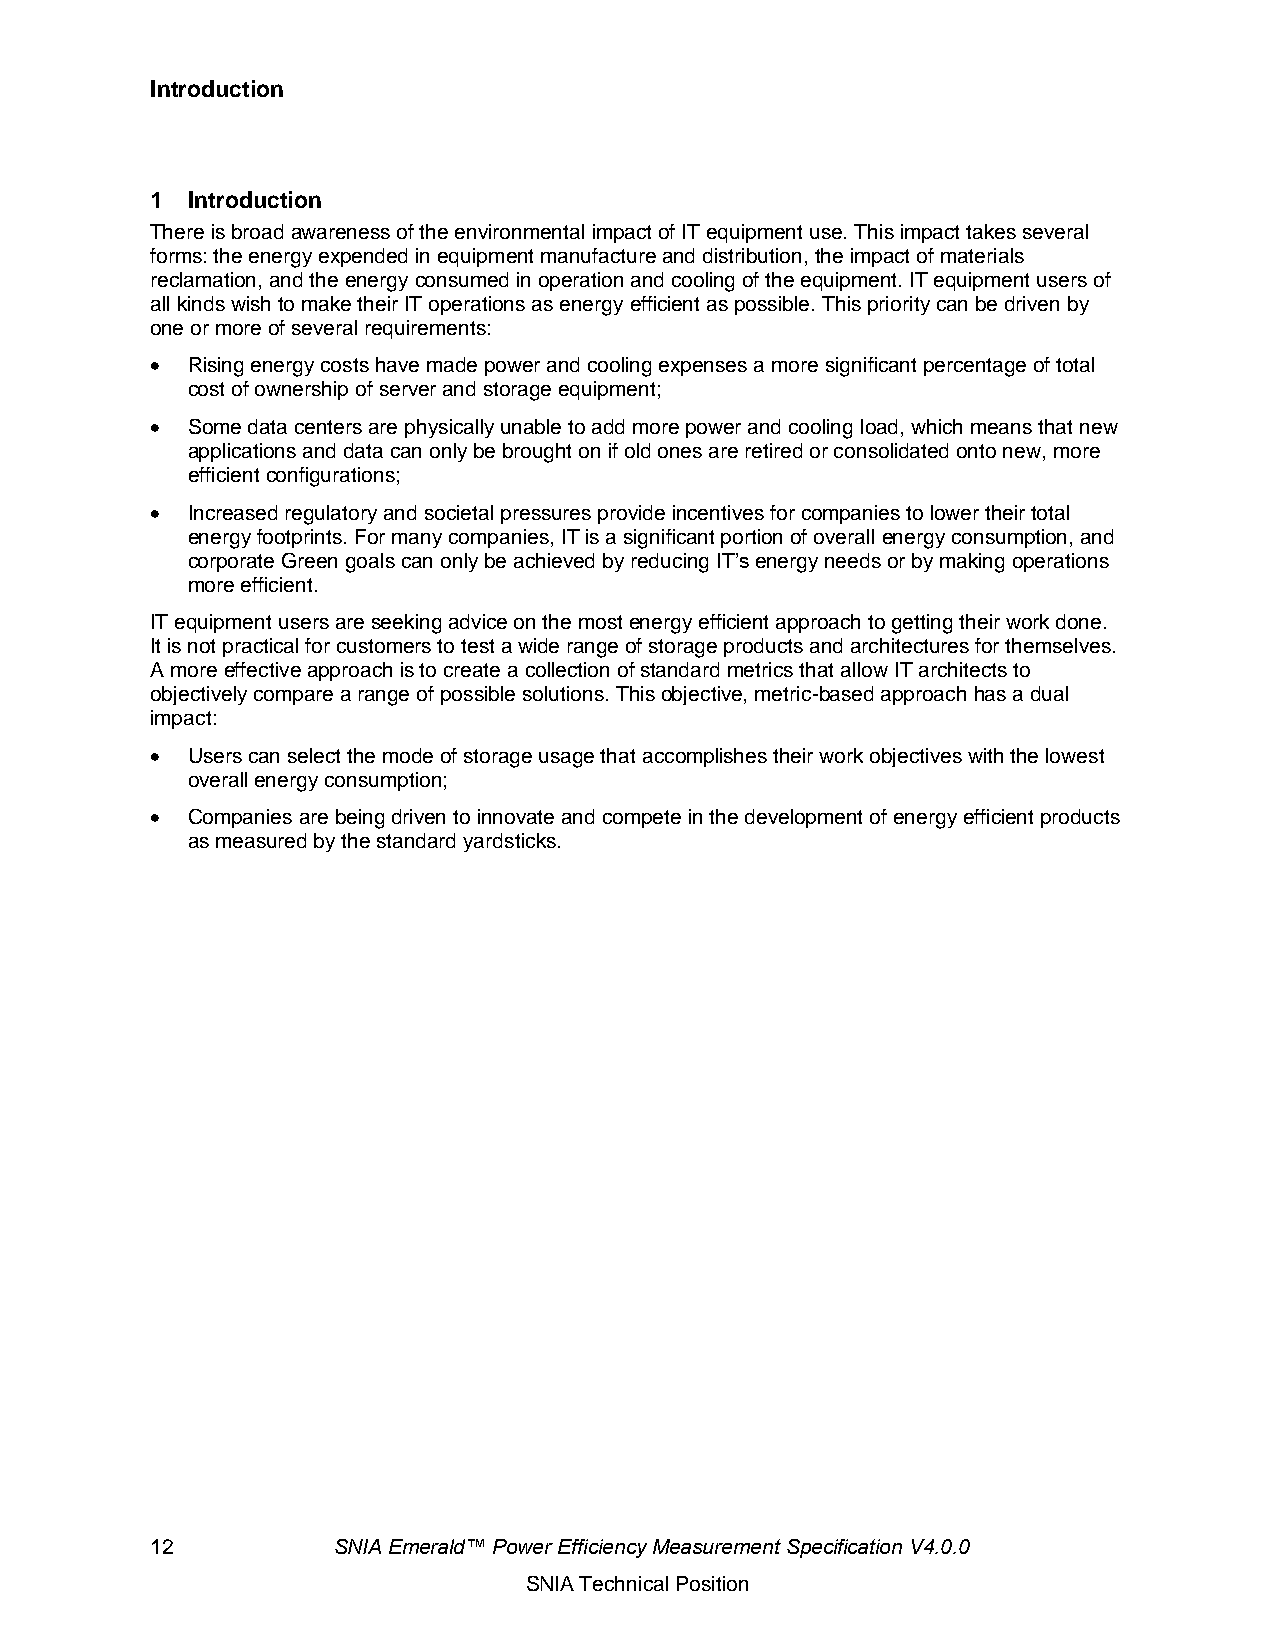
Introduction
 1 Introduction
 There is broad awareness of the environmental impact of IT equipment use. This impact takes several
 forms: the energy expended in equipment manufacture and distribution, the impact of materials
 reclamation, and the energy consumed in operation and cooling of the equipment. IT equipment users of
 all kinds wish to make their IT operations as energy efficient as possible. This priority can be driven by
 one or more of several requirements:
 • Rising energy costs have made power and cooling expenses a more significant percentage of total
 cost of ownership of server and storage equipment;
 • Some data centers are physically unable to add more power and cooling load, which means that new
 applications and data can only be brought on if old ones are retired or consolidated onto new, more
 efficient configurations;
 • Increased regulatory and societal pressures provide incentives for companies to lower their total
 energy footprints. For many companies, IT is a significant portion of overall energy consumption, and
 corporate Green goals can only be achieved by reducing IT’s energy needs or by making operations
 more efficient.
 IT equipment users are seeking advice on the most energy efficient approach to getting their work done.
 It is not practical for customers to test a wide range of storage products and architectures for themselves.
 A more effective approach is to create a collection of standard metrics that allow IT architects to
 objectively compare a range of possible solutions. This objective, metric-based approach has a dual
 impact:
 • Users can select the mode of storage usage that accomplishes their work objectives with the lowest
 overall energy consumption;
 • Companies are being driven to innovate and compete in the development of energy efficient products
 as measured by the standard yardsticks.
 12          SNIA Emerald™ Power Efficiency Measurement Specification V4.0.0
 SNIA Technical Position